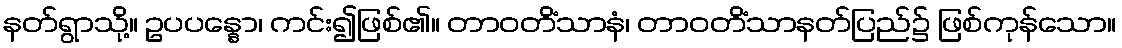
နတ်ရွာသို့။ ဥပပန္နော၊ ကင်း၍ဖြစ်၏။ တာဝတိံသာနံ၊ တာဝတိံသာနတ်ပြည်၌ ဖြစ်ကုန်သော။